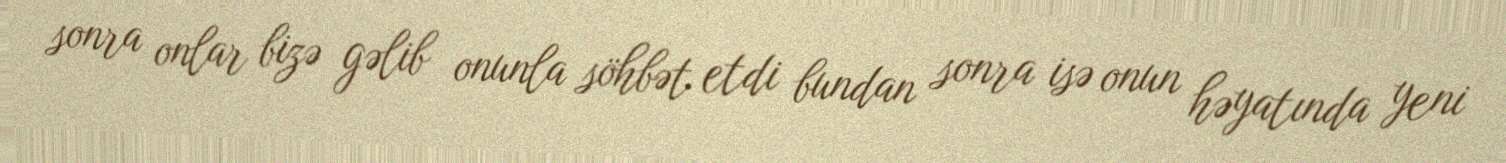
sonra onlar bizə gəlib onunla söhbət etdi bundan sonra isə onun həyatında yeni